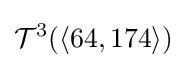
{\mathcal {T}}^{3}(\langle 64,174\rangle )